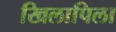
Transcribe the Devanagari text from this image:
खिलापिला